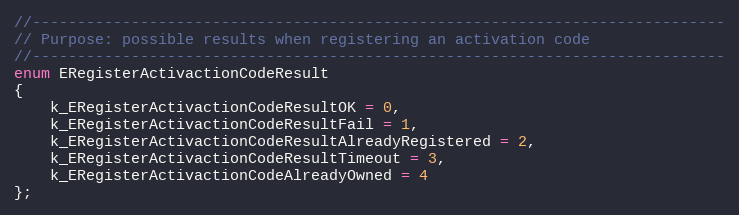
Language: C
//-----------------------------------------------------------------------------
// Purpose: possible results when registering an activation code
//-----------------------------------------------------------------------------
enum ERegisterActivactionCodeResult
{
	k_ERegisterActivactionCodeResultOK = 0,
	k_ERegisterActivactionCodeResultFail = 1,
	k_ERegisterActivactionCodeResultAlreadyRegistered = 2,
	k_ERegisterActivactionCodeResultTimeout = 3,
	k_ERegisterActivactionCodeAlreadyOwned = 4
};